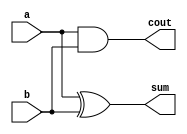
module ha(a,b,sum,cout);
	input a,b;
	output sum,cout;

	assign sum=a^b;
	assign cout=a&b;

endmodule

module fa(a,b,cin,sum,cout);
	input a,b,cin;
	output sum,cout;

	assign sum=a^b^cin;
	assign cout=(a&b)|(b&cin)|(cin&a);

endmodule

module four_two(x1,x2,x3,x4,cin,sum,carry,cout);
	input x1,x2,x3,x4,cin;
	output sum,carry,cout;

	wire w;
	fa fa1(x1,x2,x3,w,cout);
	fa fa2(w,x4,cin,sum,carry);

endmodule